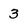
Character: 3